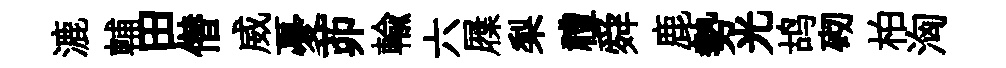
漉輔田僣威憂茆輸六屧梨禮舜鹿勢光鸪砌柏洶